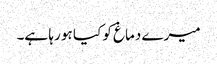
میرے دماغ کو کیا ہو رہا ہے۔